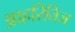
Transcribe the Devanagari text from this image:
आहरितिज